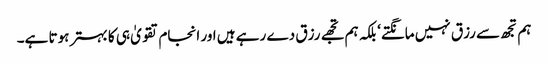
ہم تجھ سے رزق نہیں مانگتے‘ بلکہ ہم تجھے رزق دے رہے ہیں اور انجام تقویٰ ہی کا بہتر ہوتا ہے۔